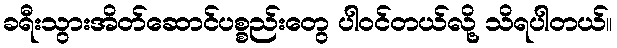
ခရီးသွားအိတ်ဆောင်ပစ္စည်းတွေ ပါဝင်တယ်လို့ သိရပါတယ်။